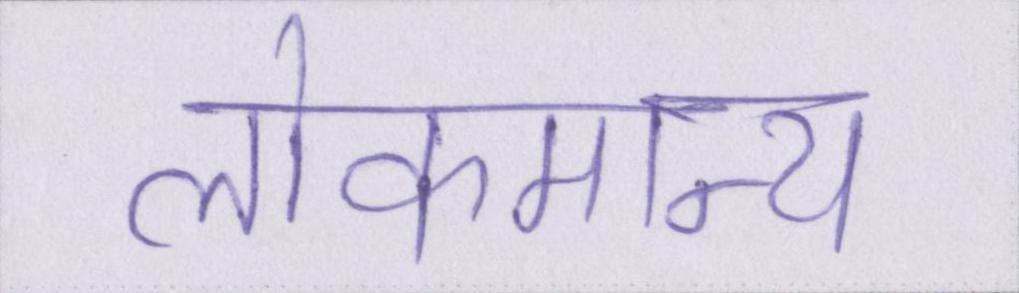
लोकमान्य